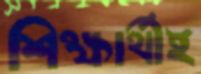
শিক্ষার্থীই